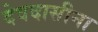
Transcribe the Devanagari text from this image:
देवदासीना